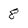
Character: 8